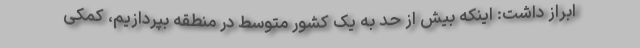
ابراز داشت: اینکه بیش از حد به یک کشور متوسط در منطقه بپردازیم، کمکی